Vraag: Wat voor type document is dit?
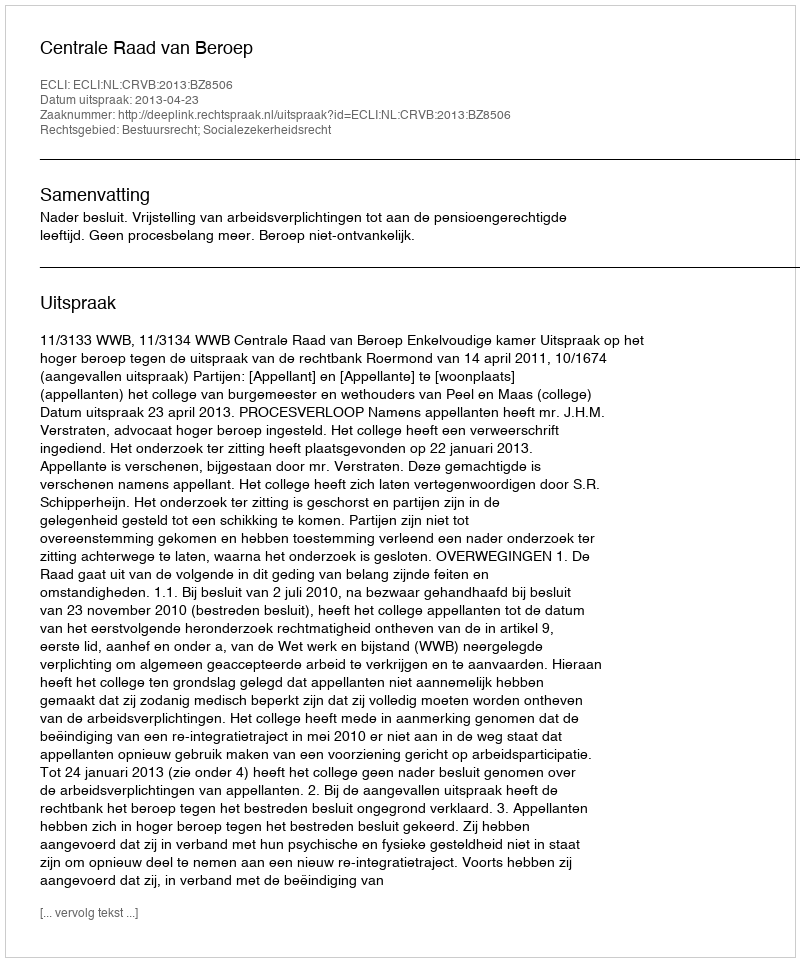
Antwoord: Uitspraak